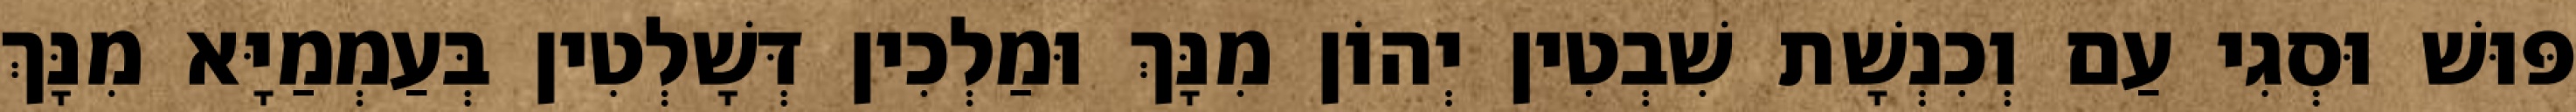
פּוּשׁ וּסְגִי עַם וְכִנְשָׁת שִׁבְטִין יְהוֹן מִנָּךְ וּמַלְכִין דְּשָׁלְטִין בְּעַמְמַיָּא מִנָּךְ